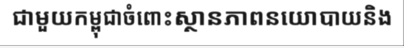
ជាមួយកម្ពុជាចំពោះស្ថានភាពនយោបាយនិង